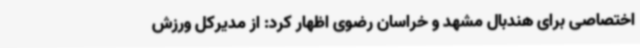
اختصاصی برای هندبال مشهد و خراسان رضوی اظهار کرد: از مدیرکل ورزش‌